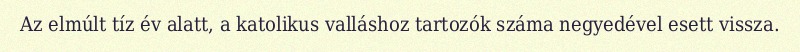
Az elmúlt tíz év alatt, a katolikus valláshoz tartozók száma negyedével esett vissza.